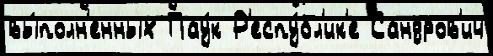
вы́полн'енных Пау́к Р'еспу́бл'ик'е Сандров'ич